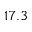
1 7 . 3